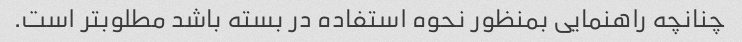
چنانچه راهنمایی بمنظور نحوه استفاده در بسته باشد مطلوبتر است.